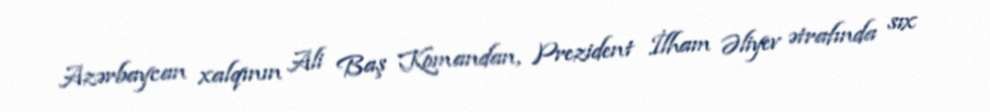
Azərbaycan xalqının Ali Baş Komandan, Prezident İlham Əliyev ətrafında sıx